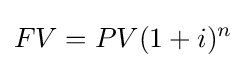
FV=PV(1+i)^{n}